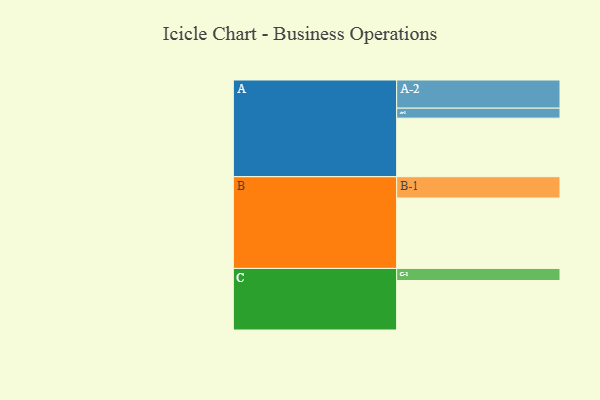
{"axis": {"x": "Segment", "y": "Value"}, "legend": ["", "A", "B", "C"], "data": [{"x": "A", "y": 470, "type": ""}, {"x": "B", "y": 565, "type": ""}, {"x": "C", "y": 397, "type": ""}, {"x": "A-1", "y": 80, "type": "A"}, {"x": "A-2", "y": 226, "type": "A"}, {"x": "B-1", "y": 171, "type": "B"}, {"x": "C-1", "y": 97, "type": "C"}]}